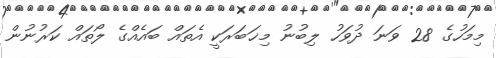
މިމަހުގެ 28 ވަނަ ދުވަހު ލިބުނު މިޚަބަރަކީ އެތައް ބައެއްގެ ލޯތައް ކަރުނުން